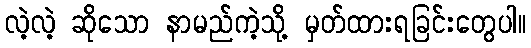
လဲ့လဲ့ ဆိုသော နာမည်ကဲ့သို့ မှတ်ထားရခြင်းတွေပါ။